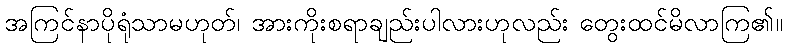
အကြင်နာပိုရုံသာမဟုတ်၊ အားကိုးစရာချည်းပါလားဟုလည်း တွေးထင်မိလာကြ၏။